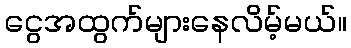
ငွေအထွက်များနေလိမ့်မယ်။